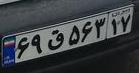
۶۹ق۵۶۳۱۷